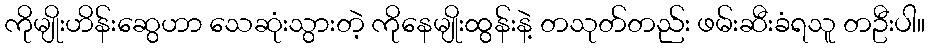
ကိုမျိုးဟိန်းဆွေဟာ သေဆုံးသွားတဲ့ ကိုနေမျိုးထွန်းနဲ့ တသုတ်တည်း ဖမ်းဆီးခံရသူ တဦးပါ။